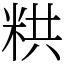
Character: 粠